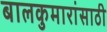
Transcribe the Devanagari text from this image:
बालकुमारांसाठी